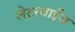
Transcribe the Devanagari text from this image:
लेटरवाईज